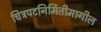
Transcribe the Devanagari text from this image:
चित्रपटनिर्मितीमागील